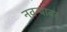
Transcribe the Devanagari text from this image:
नवऱ्यावर